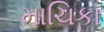
માચિકા